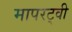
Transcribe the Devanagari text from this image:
मापरट्वी